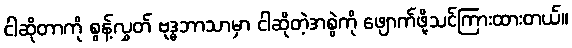
ငါဆိုတာကို စွန့်လွှတ် ဗုဒ္ဓဘာသာမှာ ငါဆိုတဲ့အစွဲကို ဖျောက်ဖို့သင်ကြားထားတယ်။